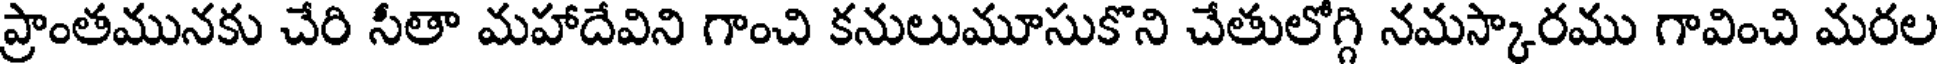
ప్రాంతమునకు చేరి సీతా మహాదేవిని గాంచి కనులుమూసుకొని చేతులోగ్గి నమస్కారము గావించి మరల